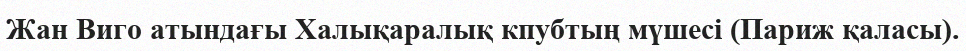
Жан Виго атындағы Халықаралық кпубтың мүшесі (Париж қаласы).